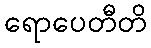
ရောပေတီတိ